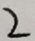
2